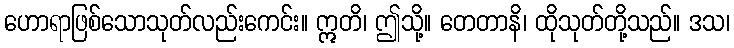
ဟောရာဖြစ်သောသုတ်လည်းကေင်း။ ဣတိ၊ ဤသို့။ တေတာနိ၊ ထိုသုတ်တို့သည်။ ဒသ၊